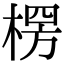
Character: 楞